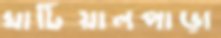
ঘাটিয়ালপাড়া